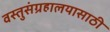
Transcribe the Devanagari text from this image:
वस्तुसंग्रहालयासाठी